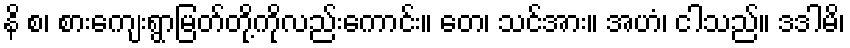
နိ စ၊ စားကျေးရွာမြတ်တို့ကိုလည်းကောင်း။ တေ၊ သင်အား။ အဟံ၊ ငါသည်။ ဒဒါမိ၊